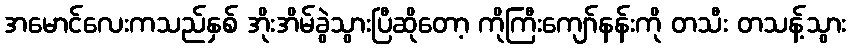
အမောင်လေးကသည်နှစ် အိုးအိမ်ခွဲသွားပြီဆိုတော့ ကိုကြီးကျော်နန်းကို တသီး တသန့်သွား